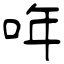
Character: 哖